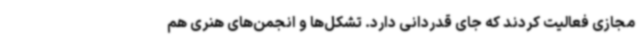
مجازی فعالیت کردند که جای قدردانی دارد. تشکل‌ها و انجمن‌های هنری هم